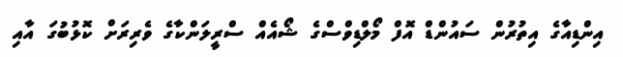
އިންޑިއާގެ އިތުރުން ސައުންޑް އޮފް މޯލްޑިވްސްގެ ޝޯއެއް ސްރީލަންކާގެ ވެރިރަށް ކޮޅުބުގަ އާއި